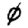
Digit: 0